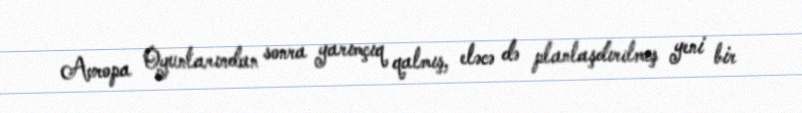
Avropa Oyunlarından sonra yarımçıq qalmış, eləcə də planlaşdırılmış yeni bir